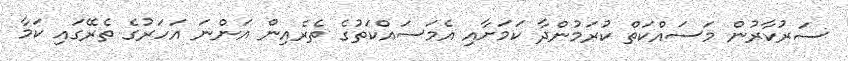
ސަރުކާރުން މަސައްކަތް ކުރަމުންދާ ކަމަށާއި އެމަސައްކަތުގެ ތެރެއިން އަންނަ އަހަރުގެ ތެރޭގައި ކަމާ